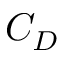
C _ { D }